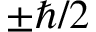
\pm \hbar / 2